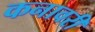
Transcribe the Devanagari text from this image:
कनावरी